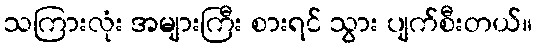
သကြားလုံး အများကြီး စားရင် သွား ပျက်စီးတယ်။